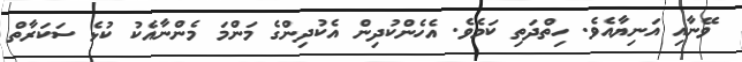
ވޭނާއި އަނިޔާއެވެ. ހިތްދަތި ކަމެވެ. އެހެންކުދިން އެކުދިންގެ މަންމަ މެންނާއެކު ކުޅެ ސަކަރާތް